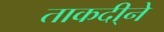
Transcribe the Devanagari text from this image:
ताकदी्ने